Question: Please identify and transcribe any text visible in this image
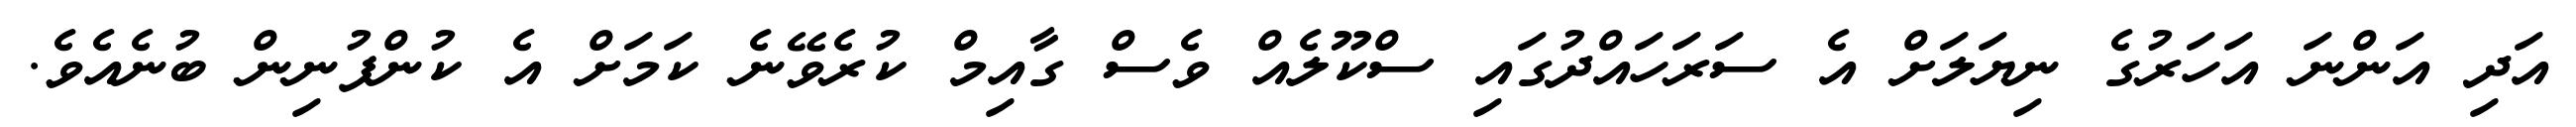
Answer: އަދި އަންނަ އަހަރުގެ ނިޔަލަށް އެ ސަރަހައްދުގައި ސްކޫލެއް ވެސް ގާއިމް ކުރެވޭނެ ކަމަށް އެ ކުންފުނިން ބުނެއެވެ.